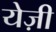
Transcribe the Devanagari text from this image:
येज़ी